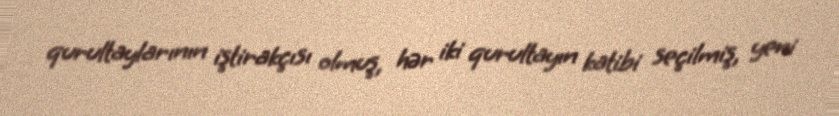
qurultaylarının iştirakçısı olmuş, hər iki qurultayın katibi seçilmiş, yeni